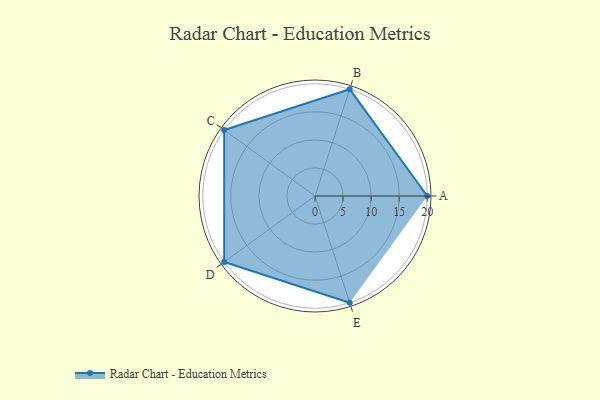
{"axis": {"x": "Skill", "y": "Score"}, "legend": ["Profile"], "data": [{"x": "A", "y": 20, "type": "Profile"}, {"x": "B", "y": 20, "type": "Profile"}, {"x": "C", "y": 20, "type": "Profile"}, {"x": "D", "y": 20, "type": "Profile"}, {"x": "E", "y": 20, "type": "Profile"}]}